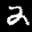
Label: 2